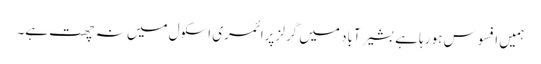
ہمیں افسوس ہو رہا ہے بشیر آباد میں گرلز پرائمری اسکول میں نہ چھت ہے۔